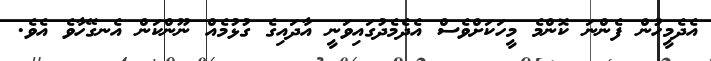
އެދެމީހުން ފެންނަ ކޮންމެ މީހަކަށްވެސް އެދެމެދުގައިވަނީ އާދައިގެ ގުޅުމެއް ނޫންކަން އެނގޭހާވެ އެވެ.